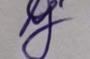
Signature authenticity: genuine